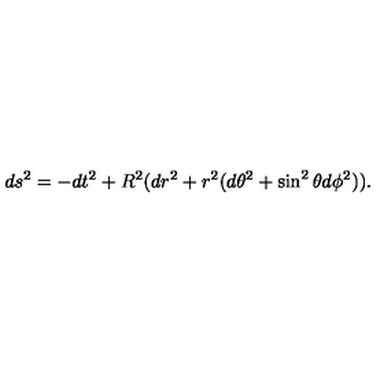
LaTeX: d s ^ { 2 } = - d t ^ { 2 } + R ^ { 2 } ( d r ^ { 2 } + r ^ { 2 } ( d \theta ^ { 2 } + \sin ^ { 2 } \theta d \phi ^ { 2 } ) ) .